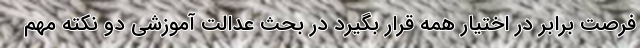
فرصت برابر در اختیار همه قرار بگیرد در بحث عدالت آموزشی دو نکته مهم